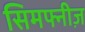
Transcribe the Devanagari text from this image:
सिमफ्नीज़